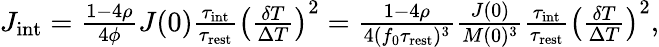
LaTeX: \begin{array}{r}{J_{\mathrm{int}}=\frac{1-4\rho}{4\phi}J(0)\frac{\tau_{\mathrm{int}}}{\tau_{\mathrm{rest}}}\left(\frac{\delta T}{\Delta T}\right)^{2}=\frac{1-4\rho}{4(f_{0}\tau_{\mathrm{rest}})^{3}}\frac{J(0)}{M(0)^{3}}\frac{\tau_{\mathrm{int}}}{\tau_{\mathrm{rest}}}\left(\frac{\delta T}{\Delta T}\right)^{2},}\end{array}